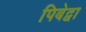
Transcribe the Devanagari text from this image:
पिबेद्वा